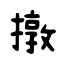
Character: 撴